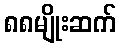
၈၈မျိုးဆက်